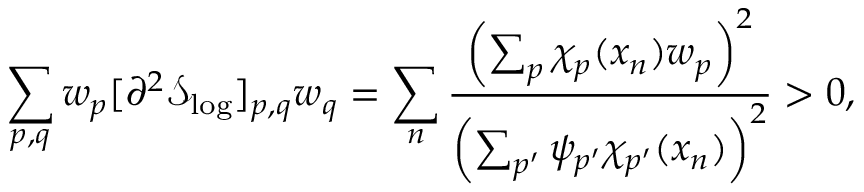
\sum _ { p , q } w _ { p } [ \partial ^ { 2 } \mathcal { S } _ { \mathrm { l o g } } ] _ { p , q } w _ { q } = \sum _ { n } \frac { \left( \sum _ { p } \chi _ { p } ( x _ { n } ) w _ { p } \right) ^ { 2 } } { \left( \sum _ { p ^ { \prime } } \psi _ { p ^ { \prime } } \chi _ { p ^ { \prime } } ( x _ { n } ) \right) ^ { 2 } } > 0 ,